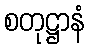
စတုဋ္ဌာနံ